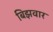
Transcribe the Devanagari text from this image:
बिझवार